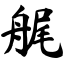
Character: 艉